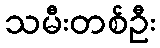
သမီးတစ်ဦး